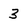
Character: 3